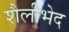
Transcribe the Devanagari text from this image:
शैलीभेद